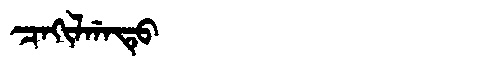
Manchu: ᠴᠠᡴᡳᠯᡤᠠᡨᡠ
Romanization: CAKILGATU